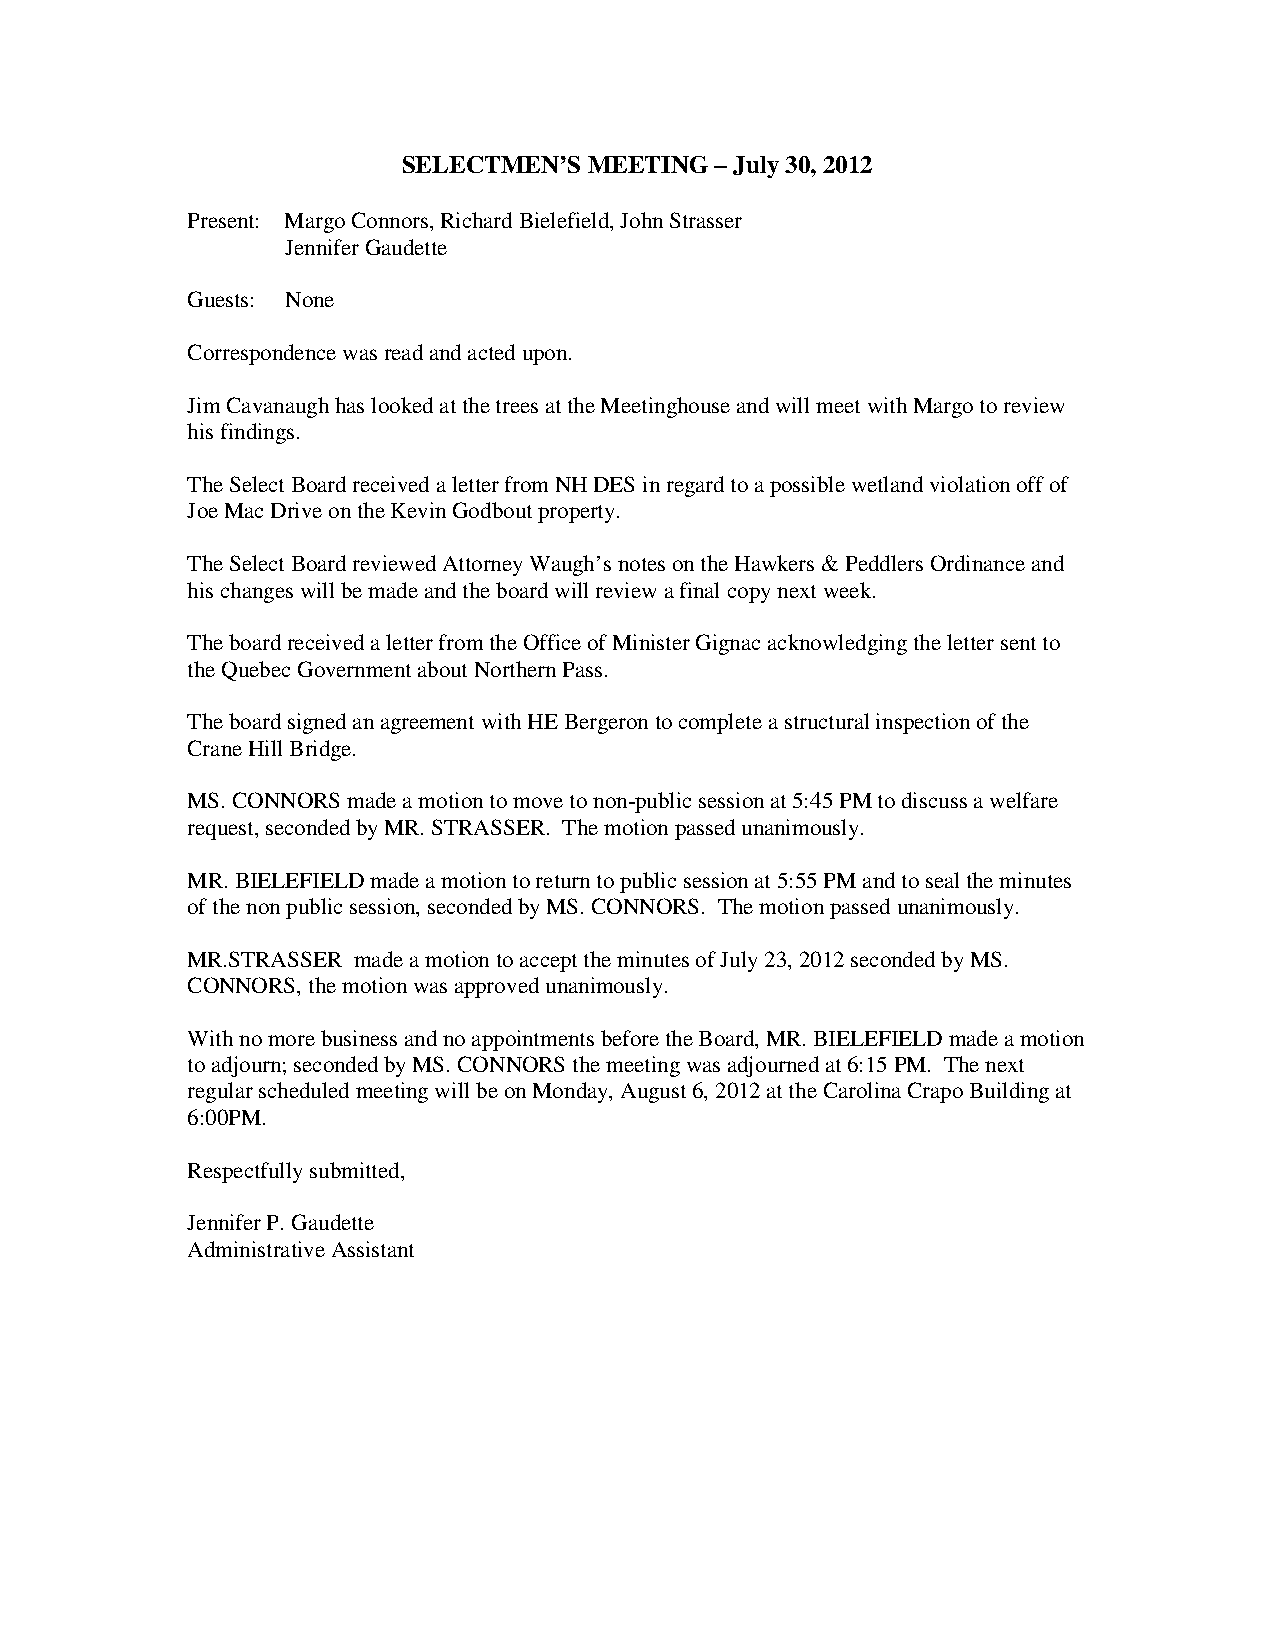
SELECTMEN’S MEETING – July 30, 2012
 Present: Margo Connors, Richard Bielefield, John Strasser
 Jennifer Gaudette
 Guests: None
 Correspondence was read and acted upon.
 Jim Cavanaugh has looked at the trees at the Meetinghouse and will meet with Margo to review
 his findings.
 The Select Board received a letter from NH DES in regard to a possible wetland violation off of
 Joe Mac Drive on the Kevin Godbout property.
 The Select Board reviewed Attorney Waugh’s notes on the Hawkers & Peddlers Ordinance and
 his changes will be made and the board will review a final copy next week.
 The board received a letter from the Office of Minister Gignac acknowledging the letter sent to
 the Quebec Government about Northern Pass.
 The board signed an agreement with HE Bergeron to complete a structural inspection of the
 Crane Hill Bridge.
 MS. CONNORS made a motion to move to non-public session at 5:45 PM to discuss a welfare
 request, seconded by MR. STRASSER. The motion passed unanimously.
 MR. BIELEFIELD made a motion to return to public session at 5:55 PM and to seal the minutes
 of the non public session, seconded by MS. CONNORS. The motion passed unanimously.
 MR.STRASSER made a motion to accept the minutes of July 23, 2012 seconded by MS.
 CONNORS, the motion was approved unanimously.
 With no more business and no appointments before the Board, MR. BIELEFIELD made a motion
 to adjourn; seconded by MS. CONNORS the meeting was adjourned at 6:15 PM. The next
 regular scheduled meeting will be on Monday, August 6, 2012 at the Carolina Crapo Building at
 6:00PM.
 Respectfully submitted,
 Jennifer P. Gaudette
 Administrative Assistant